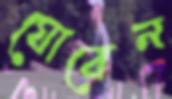
ঘোরেন